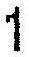
1